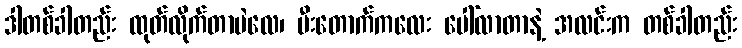
ဒါတစ်ခါတည်း ထုတ်လိုက်တာပဲလေ၊ မီးတောက်ကလေး ပေါ်လာတာနဲ့ အလင်းက တစ်ခါတည်း